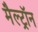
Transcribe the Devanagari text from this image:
मैल्ट्रॉन